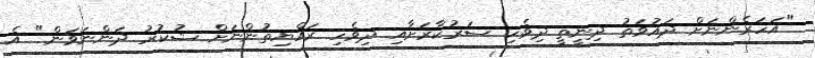
"އަހަރެންނަށް ދައުވަތު ދިނީތީ ދިވެހި ސަރުކާރަށާއި ދިވެހި ރައްޔިތުންނަށް ޝުކުރު ދަންނަވަން" އެ